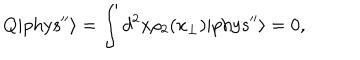
Q | \mathrm { { p h y s ^ { \prime \prime } } } \rangle = \int d ^ { 2 } x \rho _ { 2 } ( x _ { \perp } ) | { \mathrm { p h y s } ^ { \prime \prime } } \rangle = 0 ,